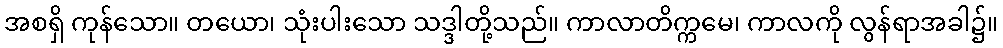
အစရှိ ကုန်သော။ တယော၊ သုံးပါးသော သဒ္ဒါတို့သည်။ ကာလာတိက္ကမေ၊ ကာလကို လွန်ရာအခါ၌။